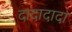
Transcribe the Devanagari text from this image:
दादादादा